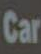
Car